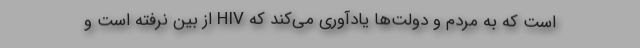
است که به مردم و دولت‌ها یادآوری می‌کند که HIV از بین نرفته است و